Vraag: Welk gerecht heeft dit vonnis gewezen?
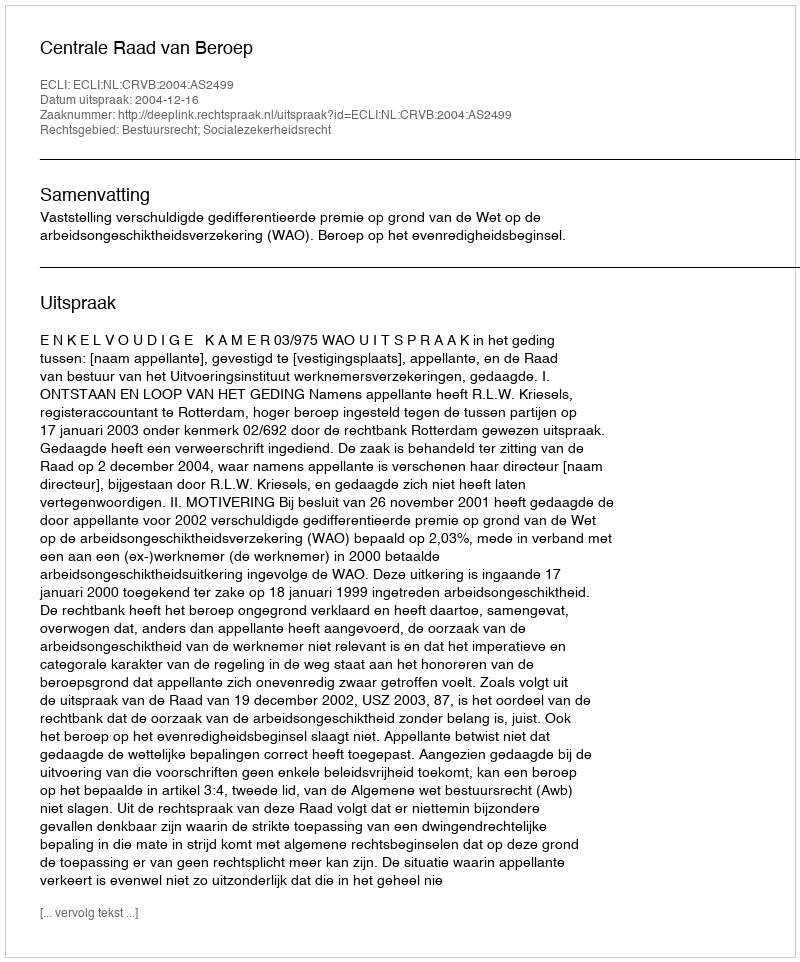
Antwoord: Centrale Raad van Beroep